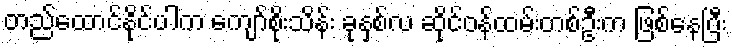
တည်ထောင်နိုင်ပါက ကျော်စိုးသိန်း ခုနှစ်လ ဆိုင်ဝန်ထမ်းတစ်ဦးက ဖြစ်နေပြီး